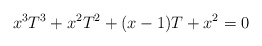
\begin{align*} x^3 T^3 + x^2 T^2 + (x-1)T +x^2 = 0\end{align*}